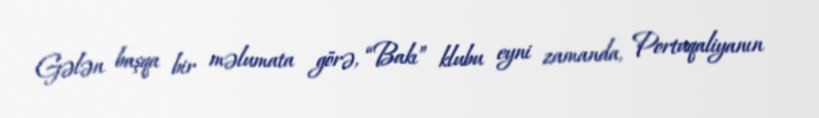
Gələn başqa bir məlumata görə, “Bakı” klubu eyni zamanda, Portuqaliyanın